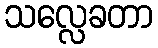
သလ္လေခတာ